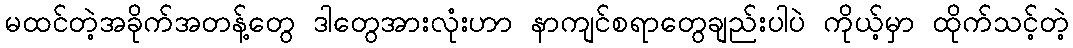
မထင်တဲ့အခိုက်အတန့်တွေ ဒါတွေအားလုံးဟာ နာကျင်စရာတွေချည်းပါပဲ ကိုယ့်မှာ ထိုက်သင့်တဲ့